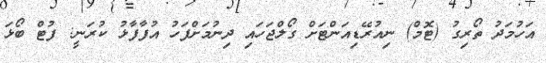
އަހުމަދު ތޯރިގު (ޓޮމް) ނިއުރޭޑިއަންޓަށް ގޯލްޖަހައި ދިނުމަށްފަހު އުފާފާޅު ކުރަނީ: ފުޓް ބޯޅަ